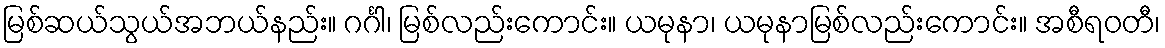
မြစ်ဆယ်သွယ်အဘယ်နည်း။ ဂင်္ဂါ၊ မြစ်လည်းကောင်း။ ယမုနာ၊ ယမုနာမြစ်လည်းကောင်း။ အစီရဝတီ၊